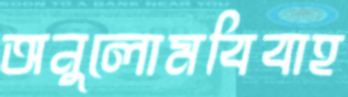
অনুলোমবিবাহ